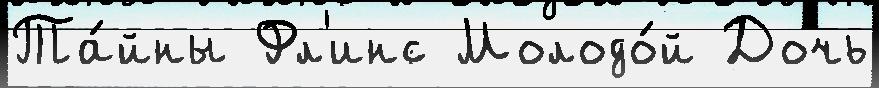
Та́йны Фл'инс Молодо́й Дочь